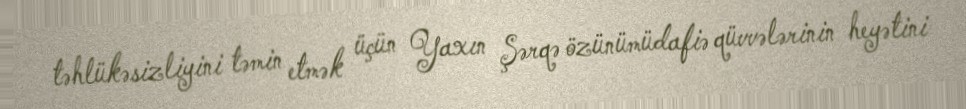
təhlükəsizliyini təmin etmək üçün Yaxın Şərqə özünümüdafiə qüvvələrinin heyətini